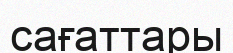
сағаттары